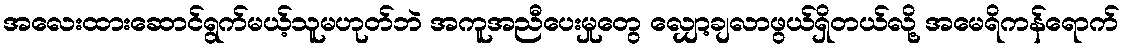
အလေးထားဆောင်ရွက်မယ့်သူမဟုတ်ဘဲ အကူအညီပေးမှုတွေ လျှော့ချလာဖွယ်ရှိတယ်လို့ အမေရိကန်ရောက်